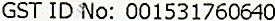
GST ID NO: 001531760640